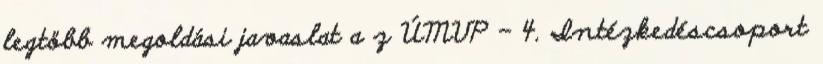
legtöbb megoldási javaslat a z ÚMVP - 4. Intézkedéscsoport